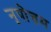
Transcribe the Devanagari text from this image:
नृपोत्तम